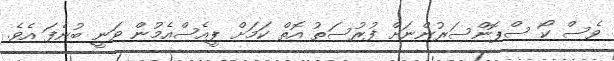
ވެސް ކޯ ސްޕޮންސަރުންނަށް ފުރުސަތު އޮތް ކަމަށް ޕީއެސްއެމުން ވަނީ ބުނެފަ އެވެ.